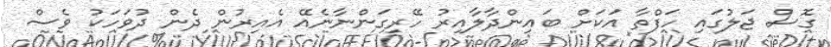
ގޮސް ޖަލުގައި ހަފްތާ އަކަށް ބައިންދާލާއިރު ހޭރިގަންނާނެއޭ އެއިރުން ދެން ދުވަހަކު ވެސް